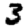
Digit: 3